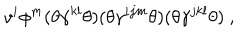
LaTeX: v ^ { i } \phi ^ { m } ( \theta \gamma ^ { k l } \theta ) ( \theta \gamma ^ { i j m } \theta ) ( \theta \gamma ^ { j k l } \theta ) ~ ,